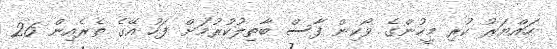
ހައްޔަރު ކުރި މީހުންގެ ވޯކިން ފާސް ބާތިލުކުރުމަށް ފަހު އޭގެ ތެރެއިން 26